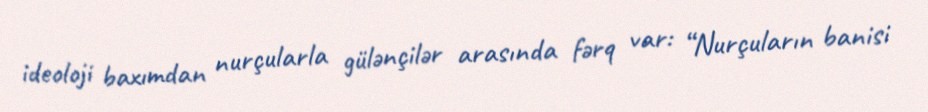
ideoloji baxımdan nurçularla gülənçilər arasında fərq var: “Nurçuların banisi